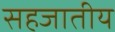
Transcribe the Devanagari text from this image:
सहजातीय